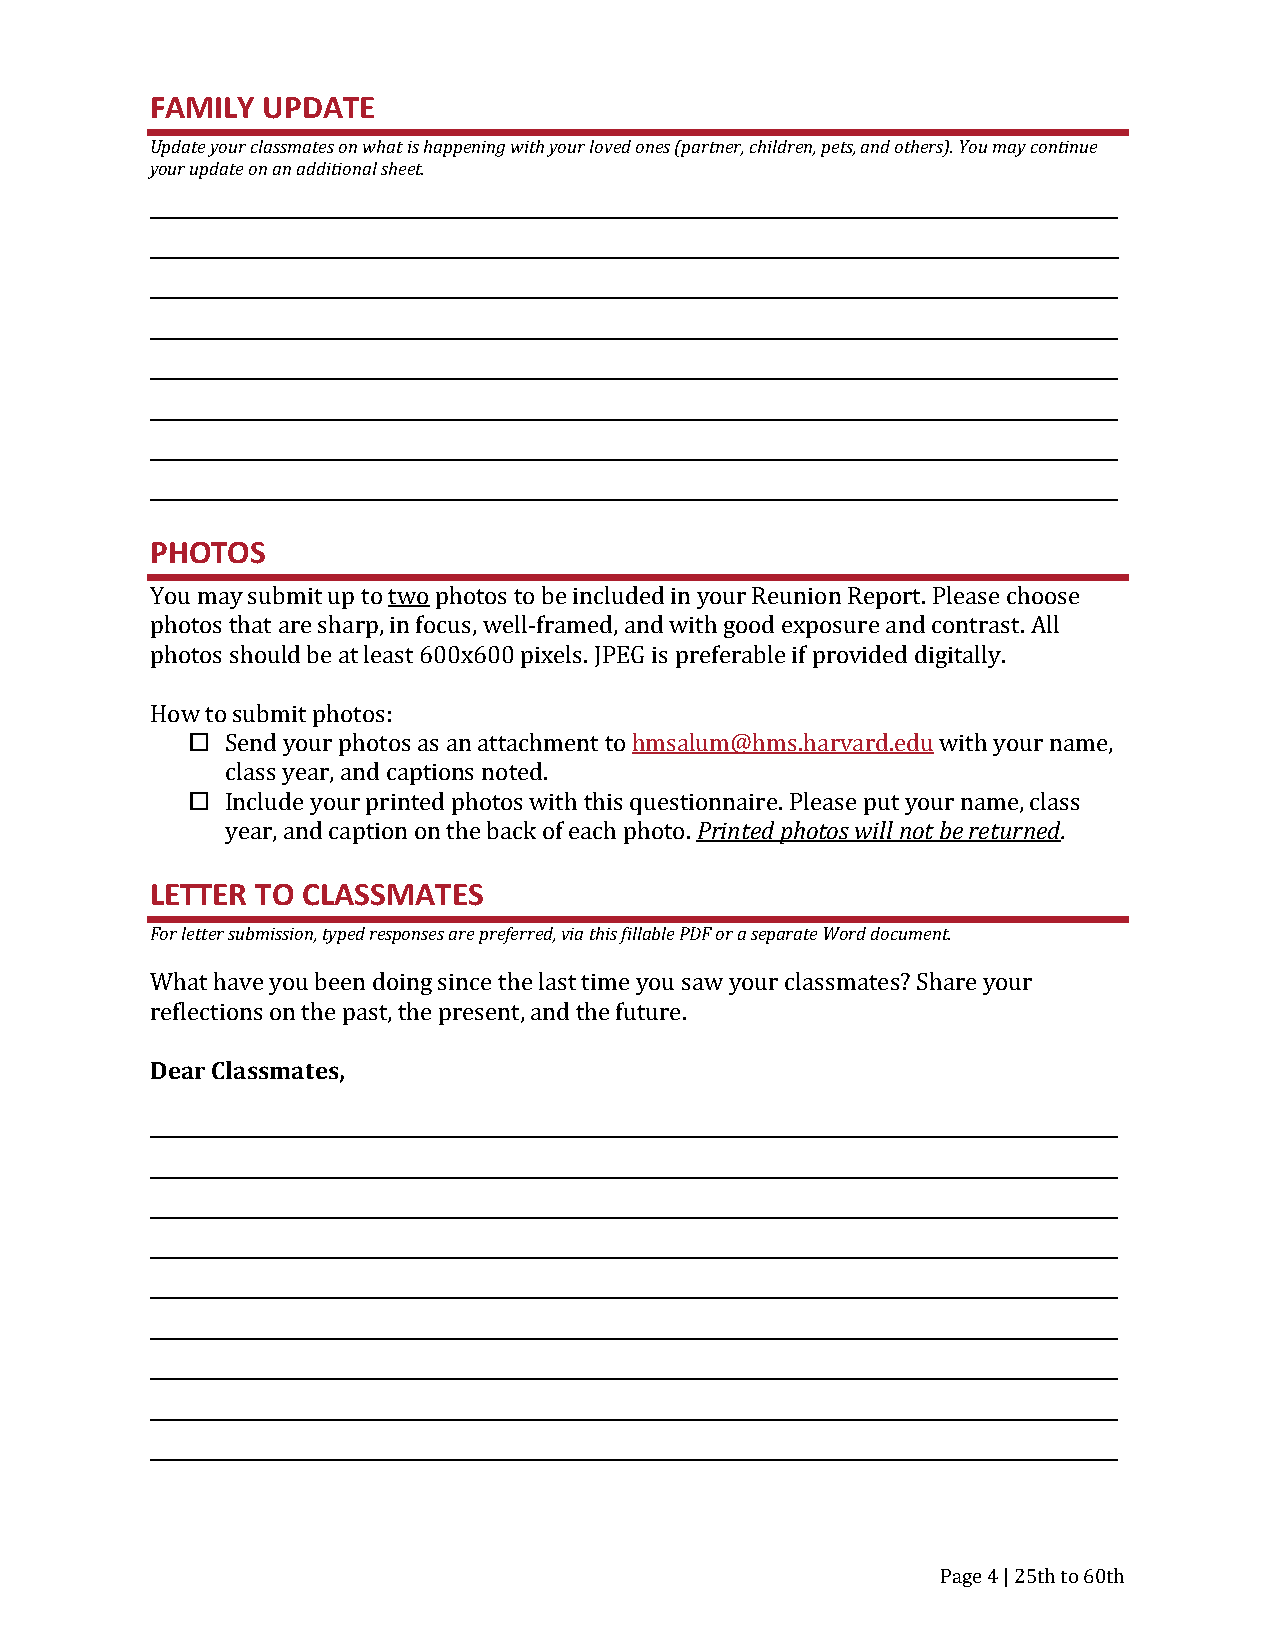
FAMILY UPDATE
 Update your classmates on what is happening with your loved ones (partner, children, pets, and others). You may continue
 your update on an additional sheet.
 __________________________________________________________________________________________________________________
 __________________________________________________________________________________________________________________
 __________________________________________________________________________________________________________________
 __________________________________________________________________________________________________________________
 __________________________________________________________________________________________________________________
 __________________________________________________________________________________________________________________
 __________________________________________________________________________________________________________________
 __________________________________________________________________________________________________________________
 PHOTOS
 You may submit up to two photos to be included in your Reunion Report. Please choose
 photos that are sharp, in focus, well-framed, and with good exposure and contrast. All
 photos should be at least 600x600 pixels. JPEG is preferable if provided digitally.
 How to submit photos:
   Send your photos as an attachment to hmsalum@hms.harvard.edu with your name,
 class year, and captions noted.
   Include your printed photos with this questionnaire. Please put your name, class
 year, and caption on the back of each photo. Printed photos will not be returned.
 LETTER TO CLASSMATES
 For letter submission, typed responses are preferred, via this fillable PDF or a separate Word document.
 What have you been doing since the last time you saw your classmates? Share your
 reflections on the past, the present, and the future.
 Dear Classmates,
 __________________________________________________________________________________________________________________
 __________________________________________________________________________________________________________________
 __________________________________________________________________________________________________________________
 __________________________________________________________________________________________________________________
 __________________________________________________________________________________________________________________
 __________________________________________________________________________________________________________________
 __________________________________________________________________________________________________________________
 __________________________________________________________________________________________________________________
 __________________________________________________________________________________________________________________
 Page 4 | 25th to 60th